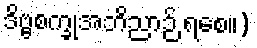
ဒိဗ္ဗစက္ခုအဘိညာဉ် ရစေ။)